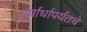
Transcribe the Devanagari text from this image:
पूर्वार्धापर्यंतचे